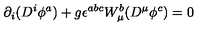
\partial _ { i } ( D ^ { i } \phi ^ { a } ) + g \epsilon ^ { a b c } W _ { \mu } ^ { b } ( D ^ { \mu } \phi ^ { c } ) = 0